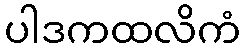
ပါဒကထလိကံ